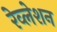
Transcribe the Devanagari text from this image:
रेव्लेशन